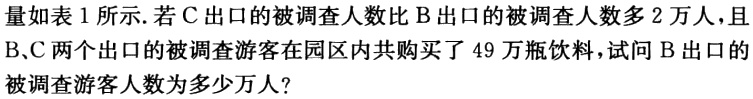
量如表1所示.若C出口的被调查人数比B出口的被调查人数多2万人,且B、C两个出口的被调查游客在园区内共购买了49万瓶饮料,试问B出口的被调查游客人数为多少万人?